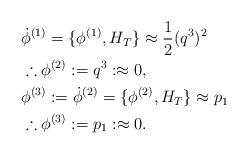
LaTeX: \begin{align*}&\dot{\phi}^{(1)}=\{\phi^{(1)},H_{T}\}\approx \frac{1}{2}(q^{3})^{2}\\&\therefore \phi^{(2)}:=q^{3}:\approx0,\\&\phi^{(3)}:=\dot{\phi}^{(2)}=\{\phi^{(2)},H_{T}\}\approx p_{1}\\&\therefore \phi^{(3)}:=p_{1}:\approx0.\end{align*}